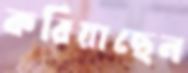
করিয়াছেন